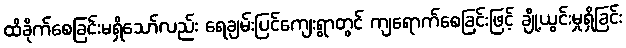
ထိခိုက်စေခြင်းမရှိသော်လည်း ရေချမ်းပြင်ကျေးရွာတွင် ကျရောက်စေခြင်းဖြင့် ချို့ယွင်းမှုရှိခြင်း